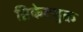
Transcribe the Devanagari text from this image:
ब्रिकेटयुक्त